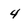
Character: 4